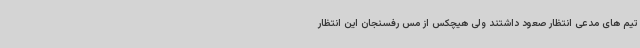
تیم های مدعی انتظار صعود داشتند ولی هیچکس از مس رفسنجان این انتظار